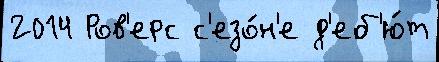
2014 Ров'ерс с'езо́н'е д'еб'ю́т